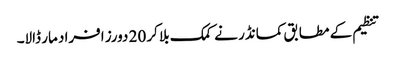
تنظیم کے مطابق کمانڈر نے کمک بلا کر 20 دورز افراد مار ڈالا۔